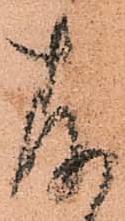
存